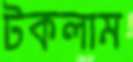
টকলাম